Vaccination North-Western Provinces 1866-1877 - 1866-1877
Year: 1866
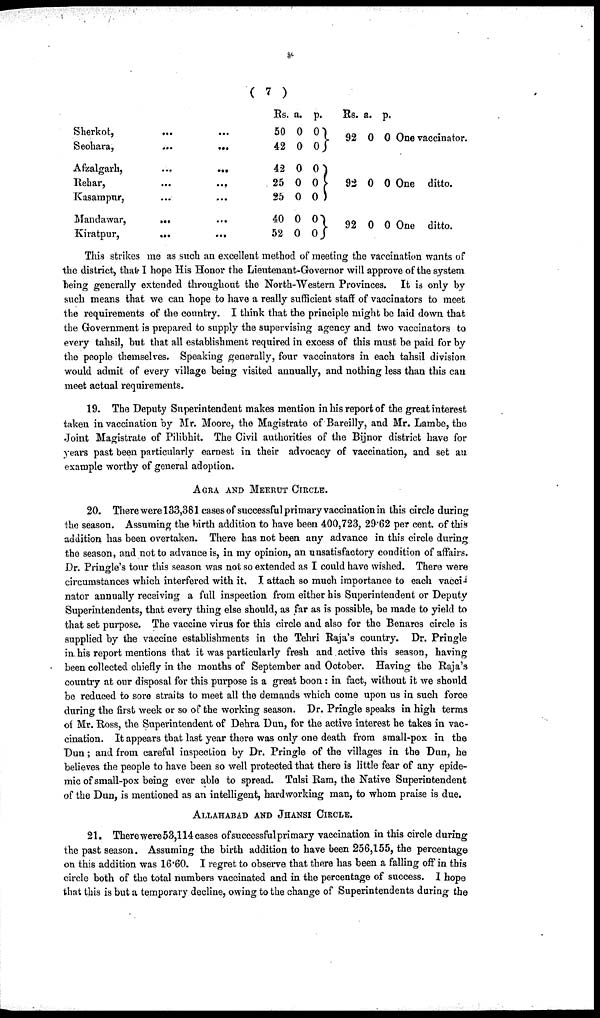
( 7 )
Sherkot,
Seohara,
Afzalgarh,
Rehar,
Kasampur,
Mandawar,
Kiratpur,
...
...
...
...
...
...
...
...
...
...
...
...
...
...
Rs.
50
42
42
25
25
40
52
a.
0
0
0
0
0
0
0
p.
0
0
0
0
0
0
0
Rs.
92
92
92
a.
0
0
0
p.
0
0
0
One vaccinator.
One ditto.
One ditto.
This strikes me as such an excellent method of meeting the vaccination wants of
the district, that I hope His Honor the Lieutenant-Governor will approve of the system
being generally extended throughout the North-Western Provinces. It is only by
such means that we can hope to have a really sufficient staff of vaccinators to meet
the requirements of the country. I think that the principle might be paid down that
the Government is prepared to supply the supervising agency and two vaccinators to
every tahsil, but that all establishment required in excess of this must be paid for by
the people themselves. Speaking generally, four vaccinators in each tahsil division
would admit of every village being visited annually, and nothing less than this can
meet actual requirements.
19. The Deputy Superintendent makes mention in his report of the great interest
taken in vaccination by Mr. Moore, the Magistrate of Bareilly, and Mr. Lambe, the
Joint Magistrate of Pilibhit. The Civil authorities of the Bijnor district have for
years past been particularly earnest in their advocacy of vaccination, and set an
example worthy of general adoption.
AGRA AND MEERUT CIRCLE.
20. There were 133,381cases of successful primary vaccination in this circle during
the season. Assuming the birth addition to have been 400,723, 29.62 per cent. of this
addition has been overtaken. There has not been any advance in this circle during
the season, and not to advance is, in my opinion, an unsatisfactory condition of affairs.
Dr. Pringle's tour this season was not so extended as I could have wished. There were
circumstances which interfered with it. I attach so much importance to each vacci-
nator annually receiving a full inspection from either his Superintendent or Deputy
Superintendents, that every thing else should, as far as is possible, be made to yield to
that set purpose. The vaccine virus for this circle and also for the Benares circle is
supplied by the vaccine establishments in the Tehri Raja's country. Dr. Pringle
in his report mentions that it was particularly fresh and active this season, having
been collected chiefly in the months of September and October, Having the Raja's
country at our disposal for this purpose is a great boon : in fact, without it we should
be reduced to sore straits to meet all the demands which come upon us in such force
during the first week or so of the working season. Dr. Pringle speaks in high terms
of Mr. Ross, the Superintendent of Dehra Dun, for the active interest he takes in vac-
cination. It appears that last year there was only one death from small-pox in the
Dun; and from careful inspection by Dr. Pringle of the villages in the Dun, he
believes the people to have been so well protected that there is little fear of any epide-
mic of small-pox being ever able to spread. Tulsi Ram, the Native Superintendent
of the Dun, is mentioned as an intelligent, hardworking man, to whom praise is due.
ALLAHABAD AND JHANSI CIRCLE.
21. There were 53,114 cases of successful primary vaccination in this circle during
the past season. Assuming the birth addition to have been 256,155, the percentage
on this addition was 16.60. I regret to observe that there has been a falling off in this
circle both of the total numbers vaccinated and in the percentage of success. I hope
that this is but a temporary decline, owing to the change of Superintendents during the